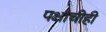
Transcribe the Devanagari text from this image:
पक्षाचीही